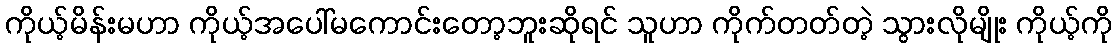
ကိုယ့်မိန်းမဟာ ကိုယ့်အပေါ်မကောင်းတော့ဘူးဆိုရင် သူဟာ ကိုက်တတ်တဲ့ သွားလိုမျိုး ကိုယ့်ကို